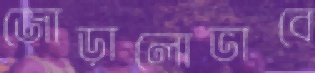
জোড়ালোভাবে